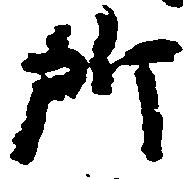
所